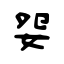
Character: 妴